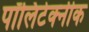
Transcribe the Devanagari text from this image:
पॉलिटेक्‍नीक